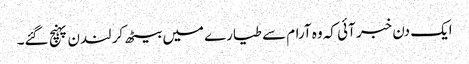
ایک دن خبر آئی کہ وہ آرام سے طیارے میں بیٹھ کر لندن پہنچ گئے۔